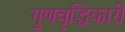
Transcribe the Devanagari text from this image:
गुणवृद्धिकारी